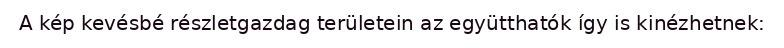
A kép kevésbé részletgazdag területein az együtthatók így is kinézhetnek: